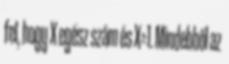
fel, hogy X egész szám és X≥1. Mindebből az